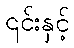
၎င်းနှင့်